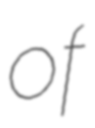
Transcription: of